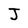
Character: J